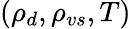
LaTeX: (\rho_{d},\rho_{vs},T)